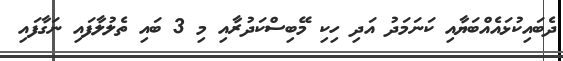
ދެބައިކުޅައެއްބަޔާއި ކަނަމަދު އަދި ހިކި މޭބިސްކަދުރާއި މި 3 ބައި ތެލުލާފައި ނަގާފައި